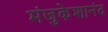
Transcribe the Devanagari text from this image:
मंजुकेशानंद